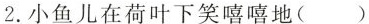
2.小鱼儿在荷叶下笑嘻嘻地()